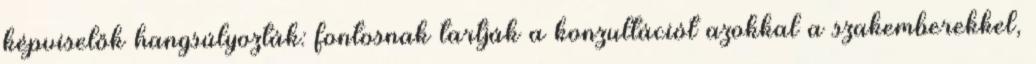
képviselők hangsúlyozták: fontosnak tartják a konzultációt azokkal a szakemberekkel,